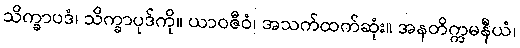
သိက္ခာပဒံ၊ သိက္ခာပုဒ်ကို။ ယာဝဇီဝံ၊ အသက်ထက်ဆုံး။ အနတိက္ကမနီယံ၊